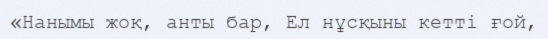
«Нанымы жоқ, анты бар, Ел нұсқыны кетті ғой,